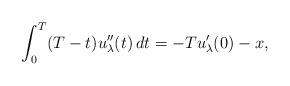
LaTeX: \begin{align*}\int_0^T (T-t)u_{\lambda}^{\prime \prime}(t)\, dt =-Tu_{\lambda}^{\prime}(0) -x,\end{align*}